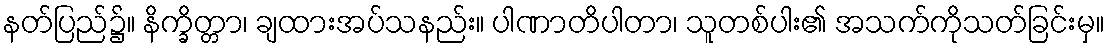
နတ်ပြည်၌။ နိက္ခိတ္တာ၊ ချထားအပ်သနည်း။ ပါဏာတိပါတာ၊ သူတစ်ပါး၏ အသက်ကိုသတ်ခြင်းမှ။